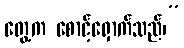
တွေ့က စောင့်ရှောက်သည်၊”